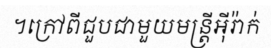
។ក្រៅពីជួបជាមួយមន្ត្រីអ៊ីរ៉ាក់